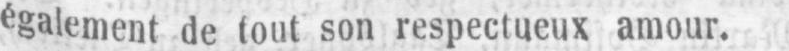
également de tout son respectueux amour.